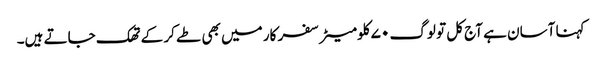
کہنا آسان ہے آج کل تو لوگ ۷۰ کلومیٹر سفر کار میں بھی طے کر کے تھک جاتے ہیں۔